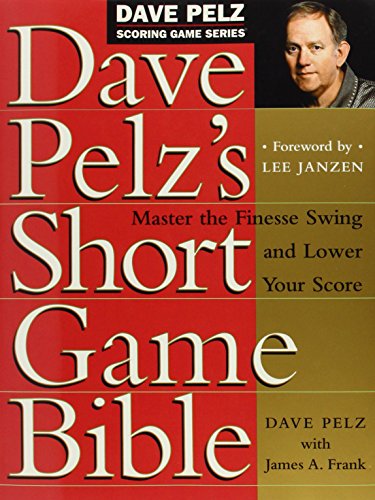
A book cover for Dave Pelz's Short Game Bible: Master the Finesse Swing and Lower Your Score (Dave Pelz Scoring Game Series); Dave Pelz; Sports & Outdoors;